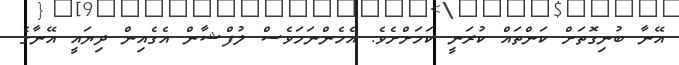
އޭނާ ބުނިގޮތަށް ކަންތައް ކުރަނީ ކަމަށްށެވެ. އެހެންނަމަވެސް ލުފްޝާން އެގެއިން ދިޔައީ އޭނާގެ